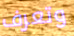
وتعرف